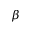
\beta